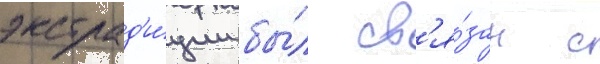
экстрад'и́ции бы́л св'я́зан с